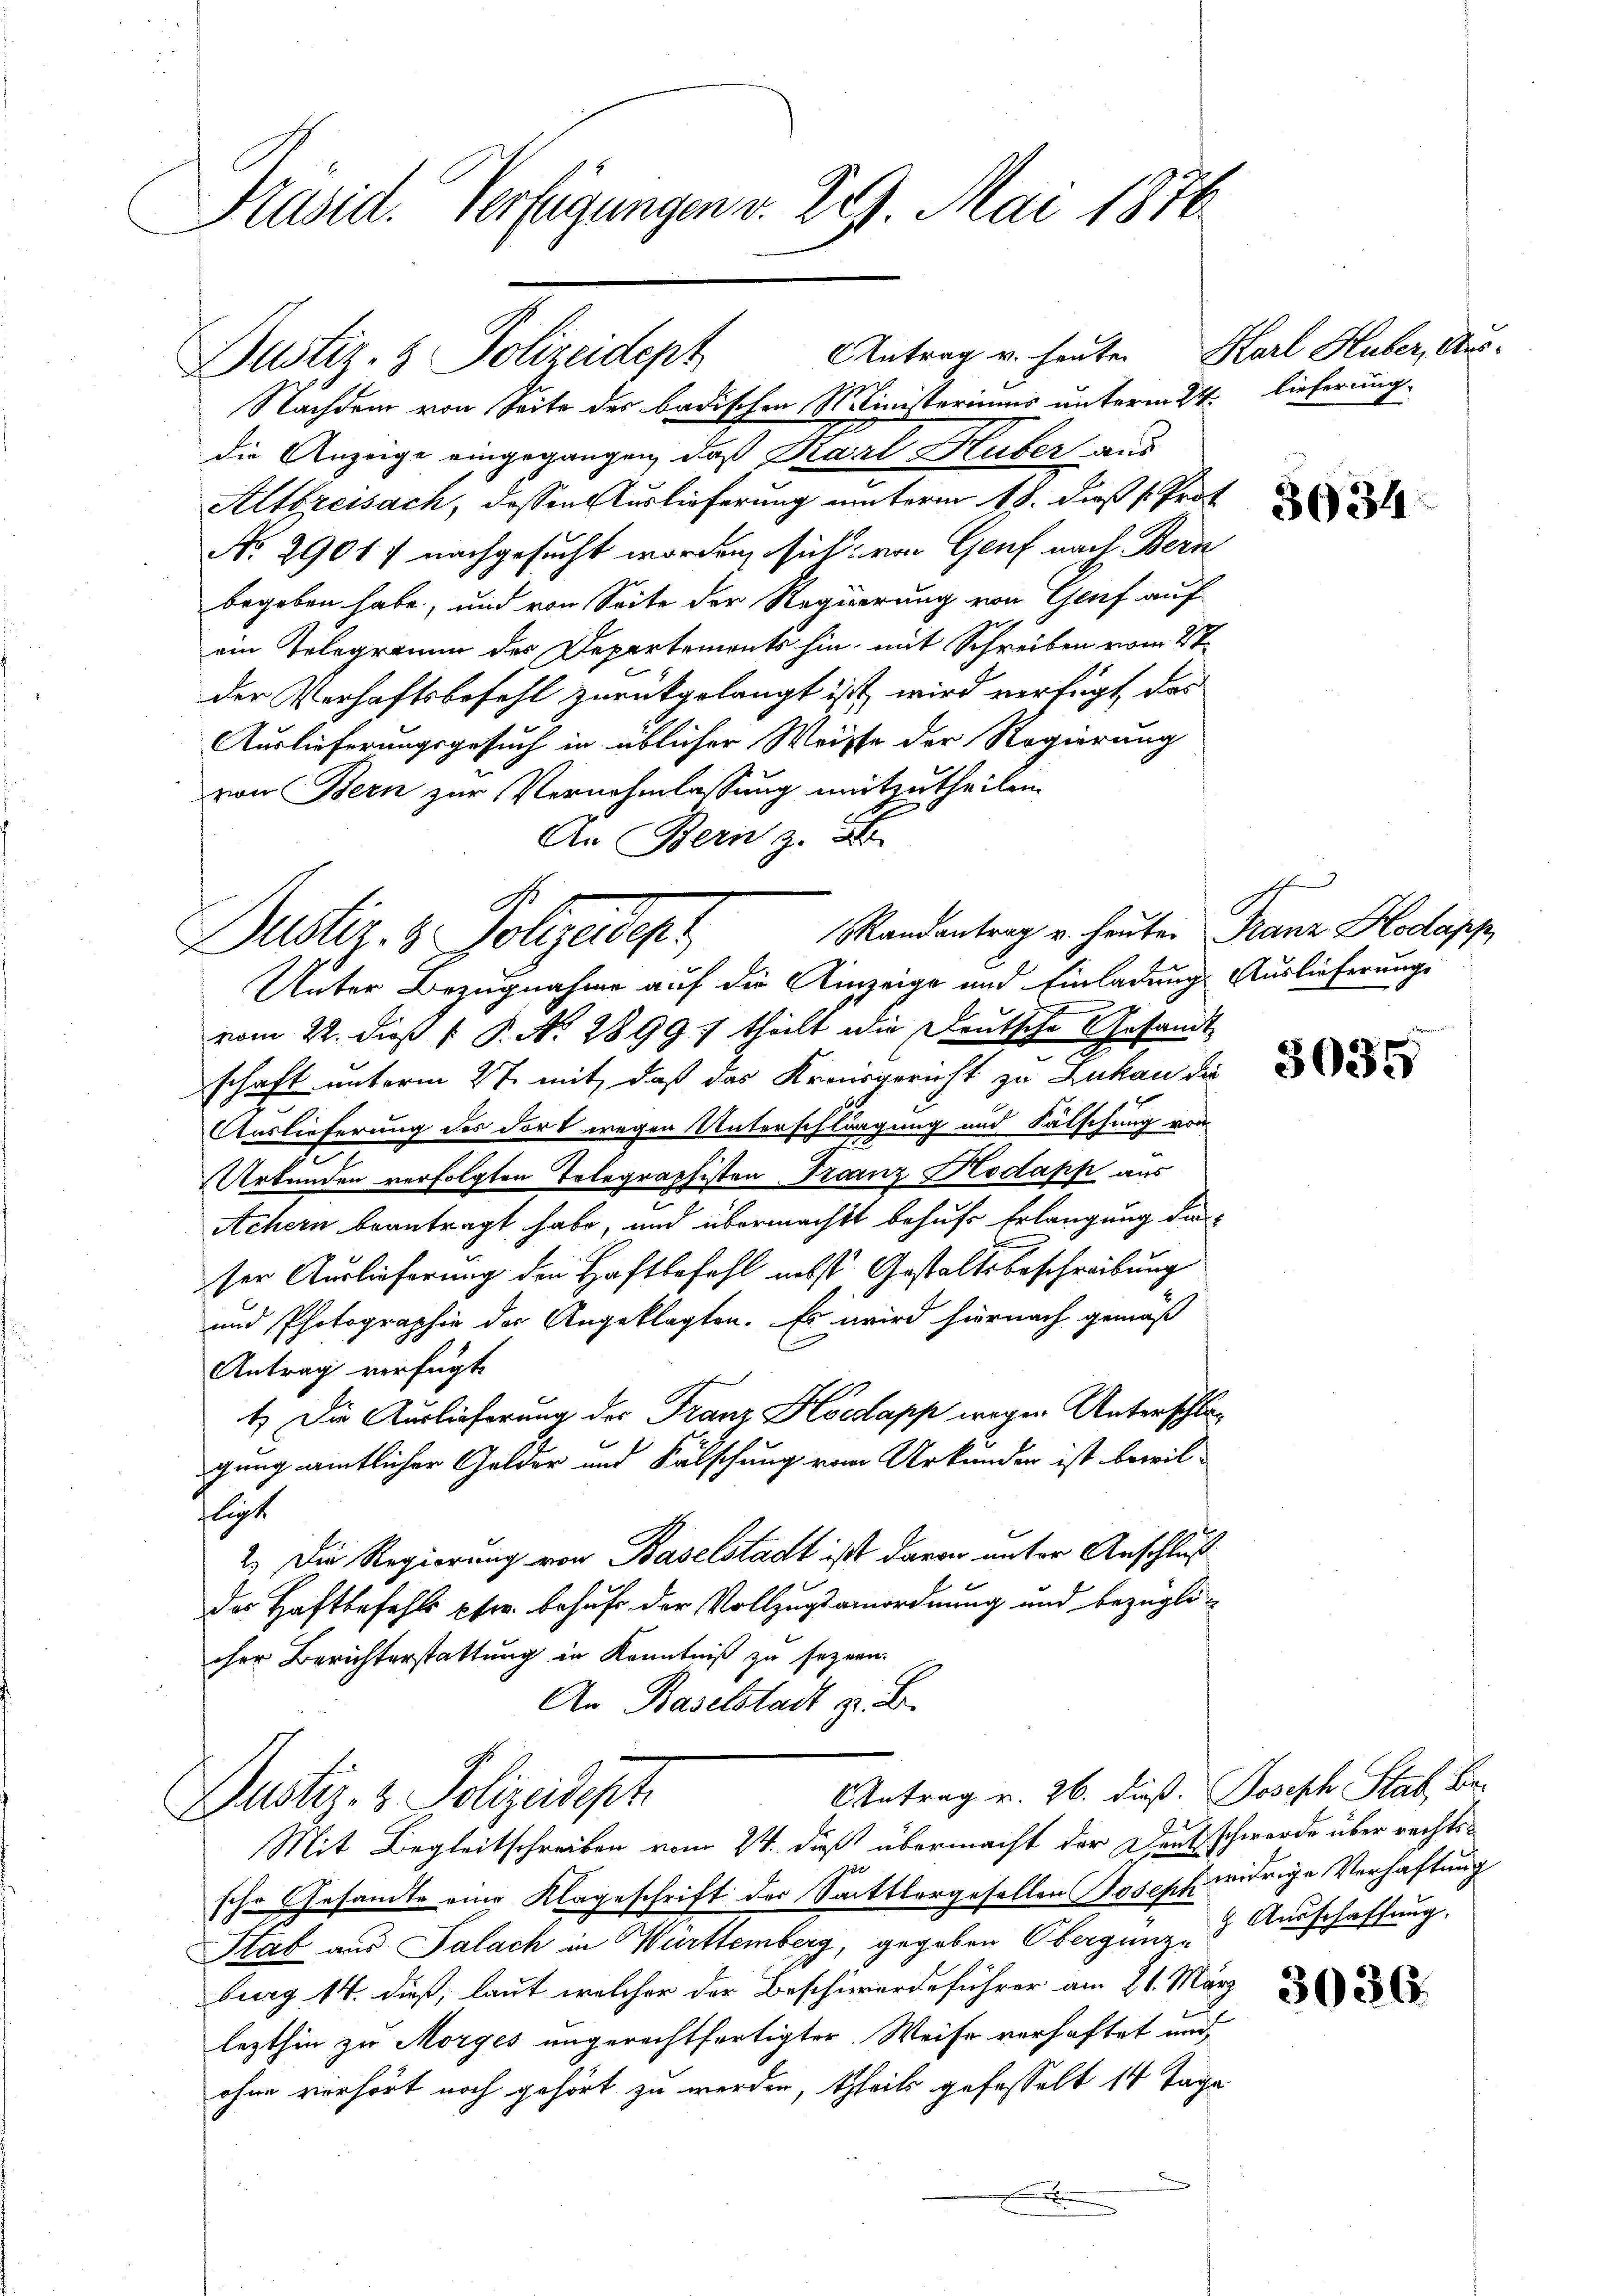
Präsid. Verfügungen v. 29. Mai 1876

Nachdem von Seite des badischen Ministeriums unterm 24. Lieferung
die Anzeige eingegangen, daß Karl Huber aus
Altbreisach, dessen Auslieferung unterm 18. daß Prot
No. 2901) nachgesucht worden, sich von Genf nach Bern
begeben habe, und von Seite der Regierung von Genf auf
ein Telegerium des Departements hin, mit Schreiben vom 4ten
der Verhaftsbefehl zurückgelangt ist, wird verfügt, das
Auslieferungsgesuch in üblicher Weiste der Regierung
von Bern zur Vernehmlassung mitzutheilen.
An Bern z. B.
Randantrag u. heuten Franz Plodapp
Unter Bezugnahme auf die Anzeige und Einladung Auslieferungs
vom 22. dieß P. P. No. 2899 theilt die Deutsche Gesandt
schaft unterm 27. mit, daß das Kreisgericht zu Zukan die
Auslieferung des dort wegen Unterschlagung und Fälschung von
Artenden verfolgten Telegraphisten Franz Hodapp aus
Achern beantragt habe, und übermacht behufs Erlangung daser Auslieferung den Haftbefehl nebst Gestaltsbeschreibung
und Photographie der Angeklagten. Es wird hiernach gemäß
Antrag verfügt
1.) Die Auslieferung der Franz Kocdapp wegen Unterschlagung amtlicher Gelder und Fälschung vom Urkunder ist beweil-
flicht
2.) Die Regierung von Baselstadt ist davon unter Anschluß
der Haftbefehls fr. behufe der Vollzugsainordnung und bezüglicher Berichterstattung in Kenntniß zu sezern.
An Baselstadt z. B.

Justiz- & Polizeidept

Dustr. 3. Folgendes

Antrag u. heute Karl Huber, Aus-

Antrag v. 26. dieß. Joseph Stat. Be¬
Justiz- & Polizeidept.

Mit Begleitschreiben vom 24. dieß übermacht der Deutschwerde über rechtssche Gesandte eine Klageschrift der Sattlergefallen Joseph widrige Verhaftung
Stab aus Palach in Württemberg, gegeben Obergünz - Ausschaffung.
burg 14. dieß, laut welcher der Beschwerdeführer am 21. Mär
lezthin zu Morges ungerechtfertigter Weise verhaftet und
ohne verhört noch gehört zu werden, theils gefasselt 14 Tage

3034

3035

3036.